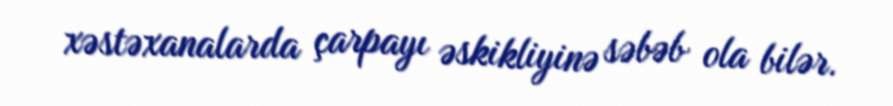
xəstəxanalarda çarpayı əskikliyinə səbəb ola bilər.